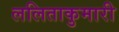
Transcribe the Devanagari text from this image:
ललिताकुमारी